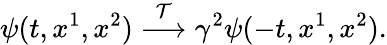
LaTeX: \psi(t,x^{1},x^{2})\stackrel{{\cal T}}{\longrightarrow}\gamma^{2}\psi(-t,x^{1},x^{2}).